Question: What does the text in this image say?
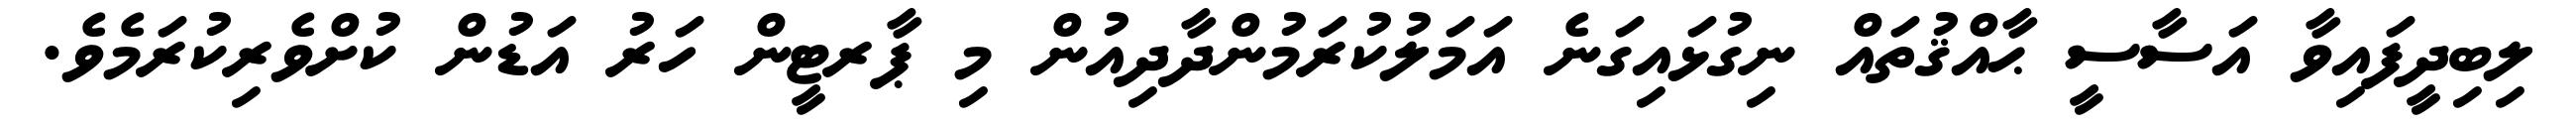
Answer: ލިބިދީފައިވާ އަސާސީ ޙާއްޤުތައް ނިގުޅައިގަނެ އަމަލުކުރަމުންދާދިއުން މި ޕާރޓީން ހަރު އަޑުން ކުށްވެރިކުރަމެވެ.